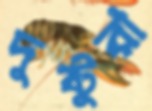
দুষ্টুরা